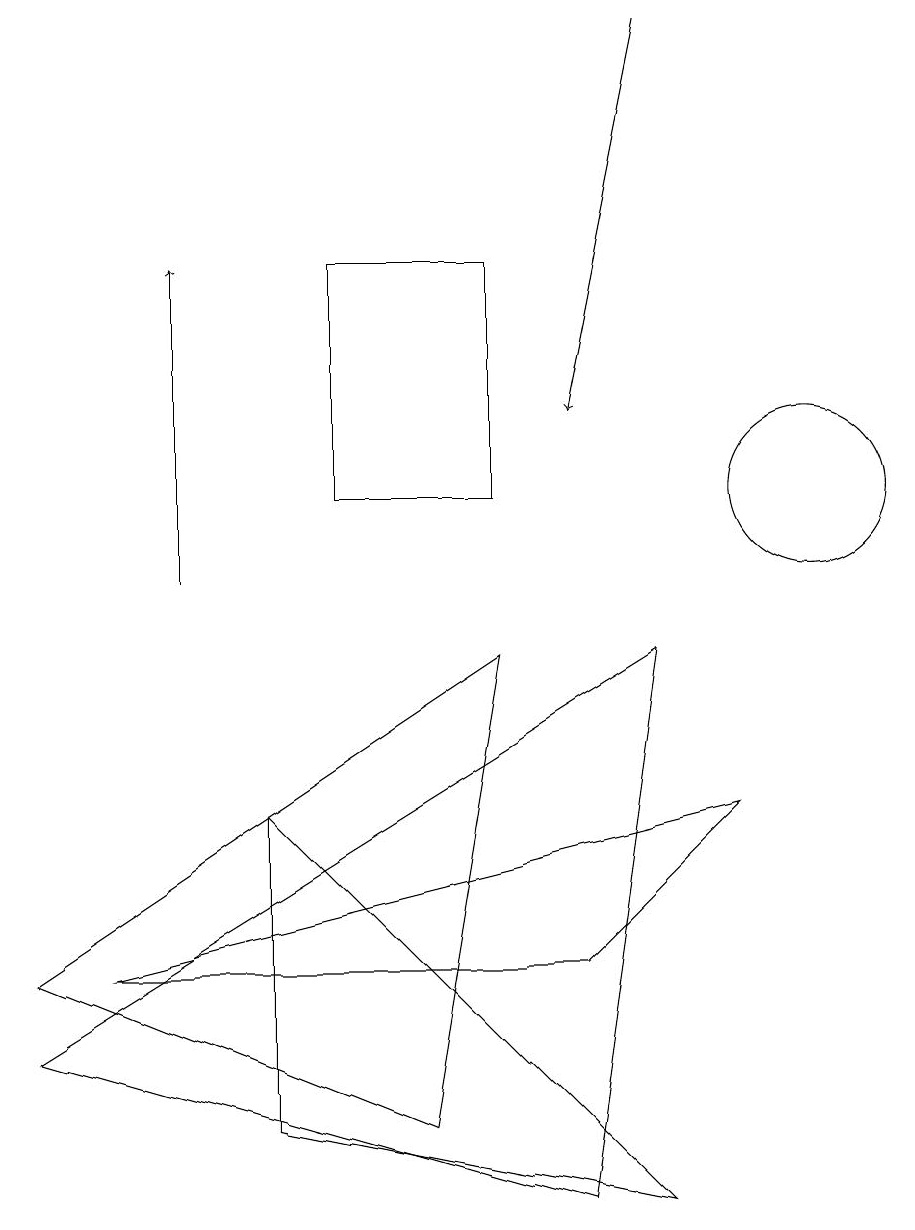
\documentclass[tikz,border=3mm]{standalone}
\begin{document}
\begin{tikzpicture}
\draw (4,11) rectangle (6,14);
\draw (7,5) -- (9,7) -- (1,5) -- cycle;
\draw (10,11) circle (1);
\draw (8,9) -- (7,2) -- (0,4) -- cycle;
\draw (3,3) -- (3,7) -- (8,2) -- cycle;
\draw[->] (8,17) -- (7,12);
\draw[->] (2,10) -- (2,14);
\draw (6,9) -- (0,5) -- (5,3) -- cycle;
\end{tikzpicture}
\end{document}